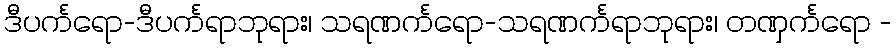
ဒီပင်္ကရော-ဒီပင်္ကရာဘုရား၊ သရဏင်္ကရော-သရဏင်္ကရာဘုရား၊ တဏှင်္ကရော -